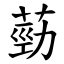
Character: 葝